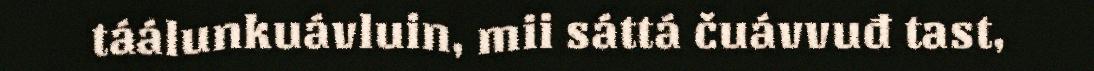
táálunkuávluin, mii sáttá čuávvuđ tast,